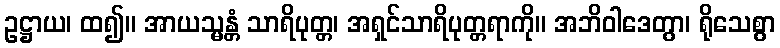
ဥဋ္ဌာယ၊ ထ၍။ အာယသ္မန္တံ သာရိပုတ္တ၊ အရှင်သာရိပုတ္တရာကို။ အဘိဝါဒေတွာ၊ ရိုသေစွာ